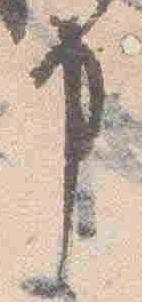
申